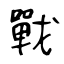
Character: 戰